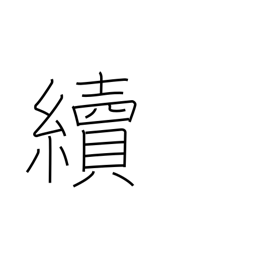
Meaning: carry on